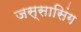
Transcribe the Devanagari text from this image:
जस्सासिंग